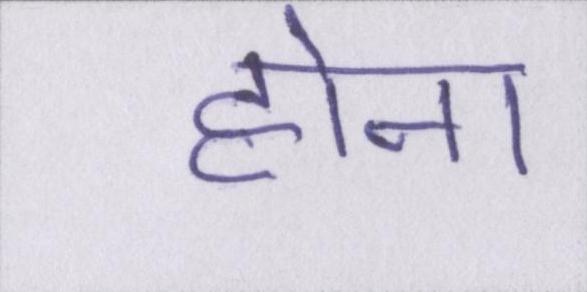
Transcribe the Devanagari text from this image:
होना